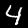
Digit: 4